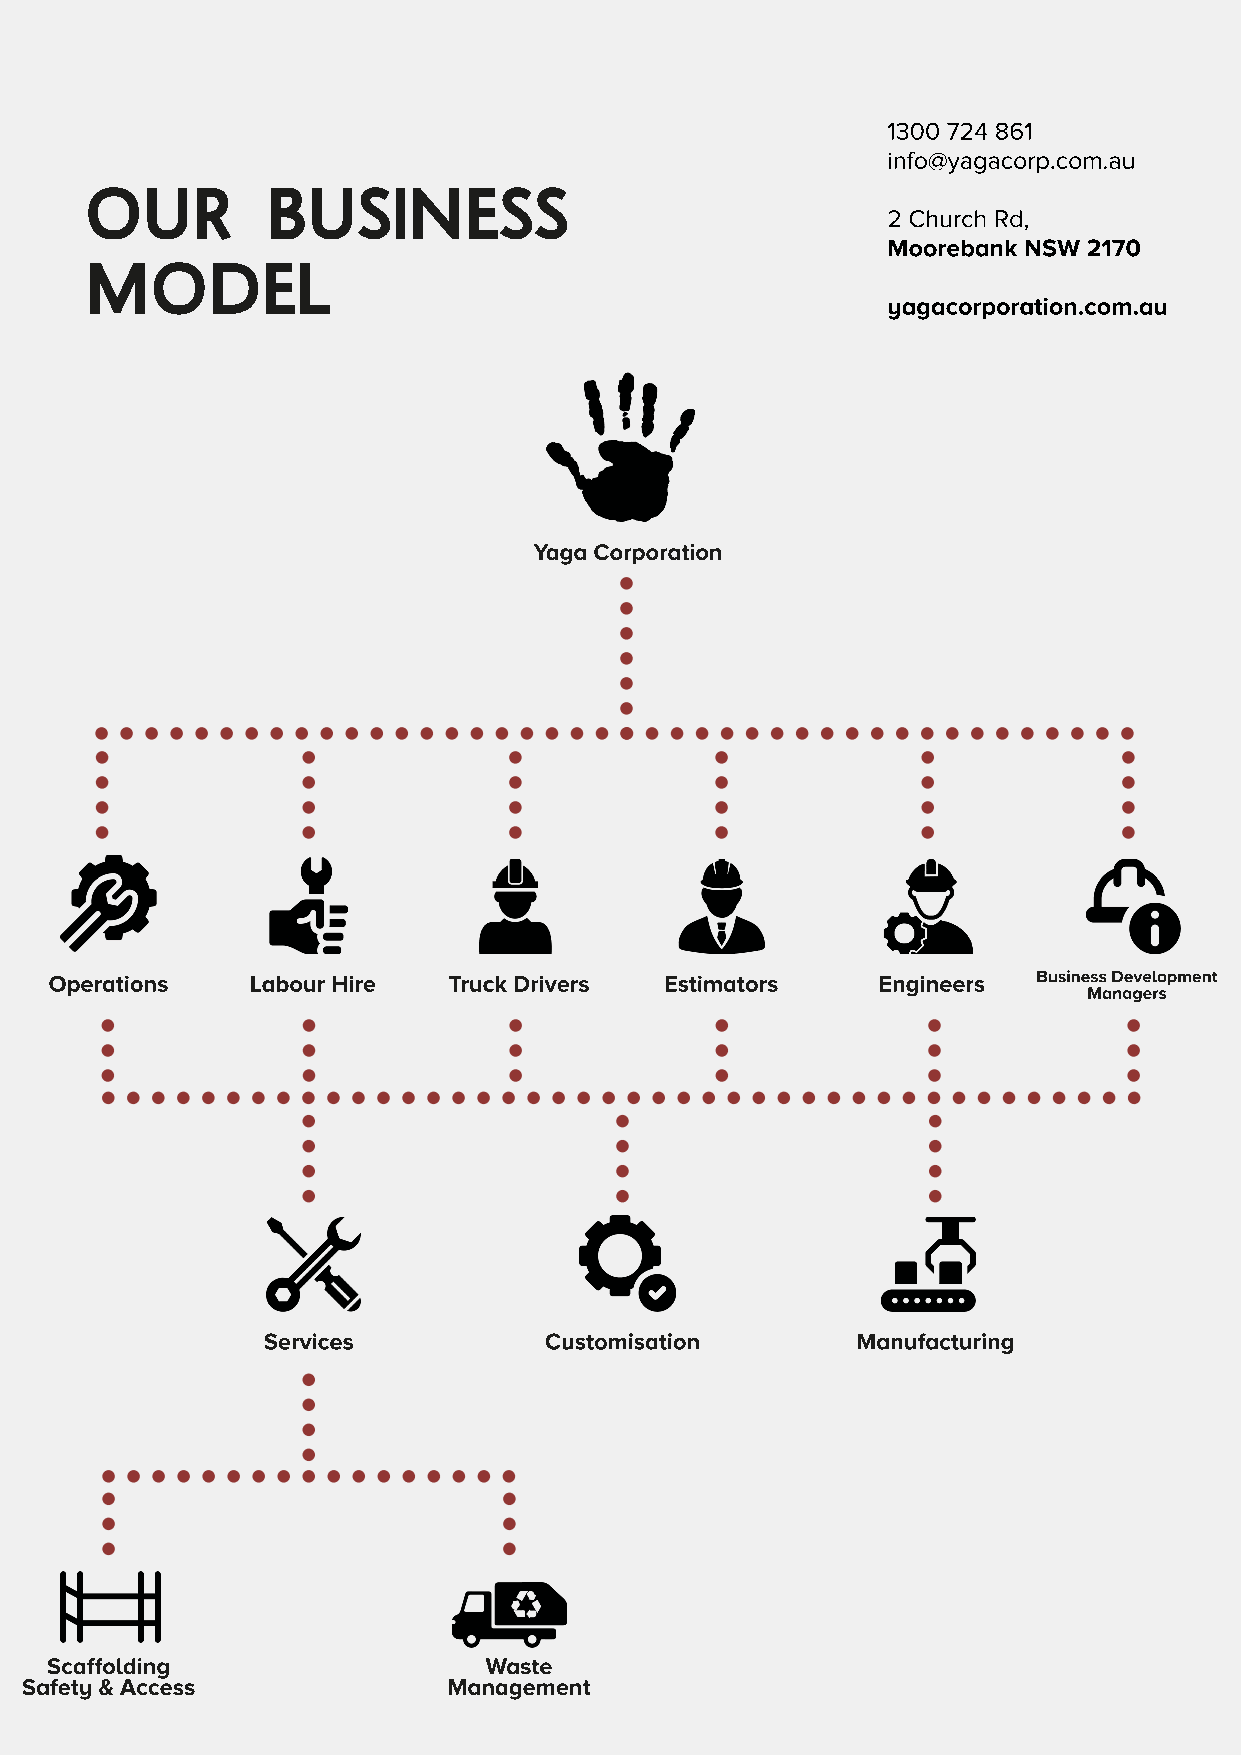
1300 724 861
 info@yagacorp.com.au
 OUR         BUSINESS                                 2 Church Rd,
 Moorebank NSW 2170
 MODEL
 yagacorporation.com.au
 Yaga Corporation
 Operations    Labour Hire  Truck Drivers Estimators    Engineers  Business Development
 Managers
 Services           Customisation        Manufacturing
 Scaffolding                  Waste
 Safety & Access              Management